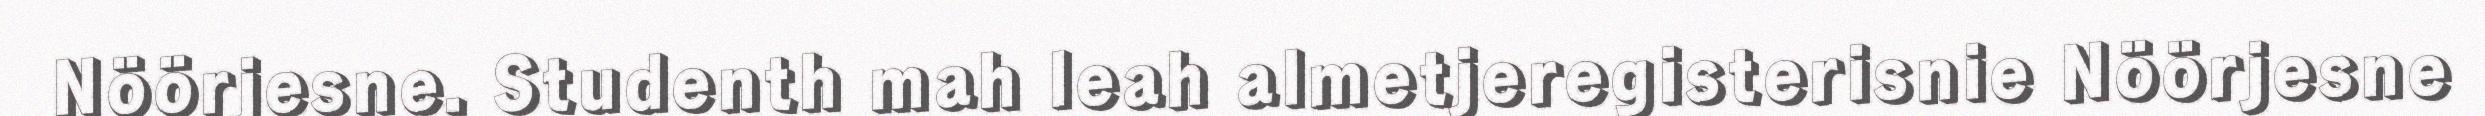
Nöörjesne. Studenth mah leah almetjeregisterisnie Nöörjesne